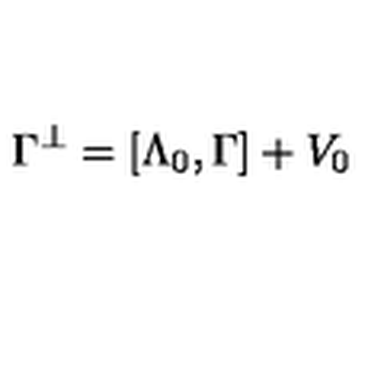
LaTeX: \Gamma ^ { \perp } = [ \Lambda _ { 0 } , \Gamma ] + V _ { 0 }